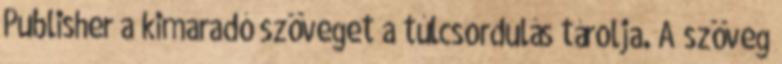
Publisher a kimaradó szöveget a túlcsordulás tárolja. A szöveg